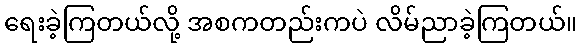
ရေးခဲ့ကြတယ်လို့ အစကတည်းကပဲ လိမ်ညာခဲ့ကြတယ်။